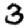
Digit: 3